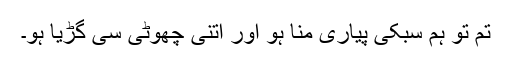
تم تو ہم سبکی پیاری منا ہو اور اتنی چھوٹی سی گڑیا ہو۔